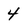
Character: 4